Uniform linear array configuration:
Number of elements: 16
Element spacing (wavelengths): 0.75
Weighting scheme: kaiser
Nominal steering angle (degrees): -60
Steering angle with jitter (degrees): -60.624
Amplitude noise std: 0.05
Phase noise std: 0.05

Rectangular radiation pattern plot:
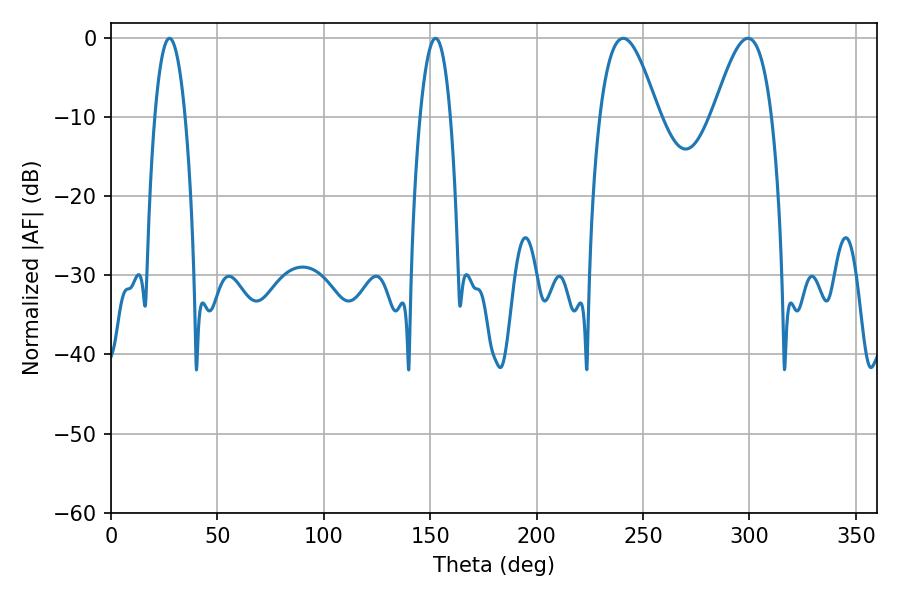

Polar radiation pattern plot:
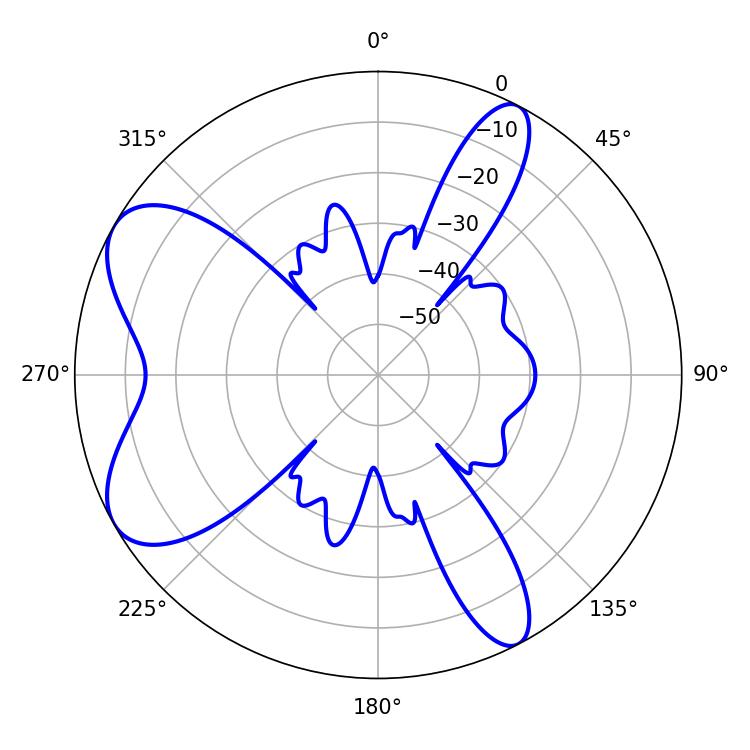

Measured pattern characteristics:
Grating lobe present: TRUE
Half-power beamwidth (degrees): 14.94
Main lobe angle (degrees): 240.66